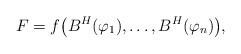
LaTeX: \begin{align*}F=f\big(B^H(\varphi_1),\ldots,B^H(\varphi_n)\big),\end{align*}